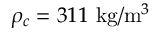
\rho _ { c } = 3 1 1 ~ \mathrm { k g } / \mathrm { m } ^ { 3 }